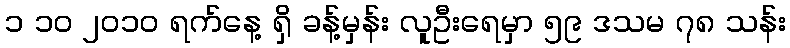
၁ ၁၀ ၂၀၁၀ ရက်နေ့ ရှိ ခန့်မှန်း လူဦးရေမှာ ၅၉ ဒသမ ၇၈ သန်း